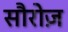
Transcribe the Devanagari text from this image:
सौरोज़